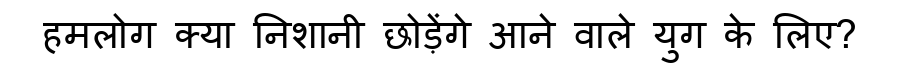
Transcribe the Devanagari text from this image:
हमलोग क्या निशानी छोड़ेंगे आने वाले युग के लिए?